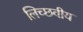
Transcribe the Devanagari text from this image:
लिच्छवीय